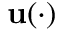
\mathbf { u } ( \cdot )